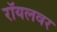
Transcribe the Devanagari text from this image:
रॉयलवर